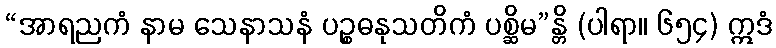
“အာရညကံ နာမ သေနာသနံ ပဉ္စဓနုသတိကံ ပစ္ဆိမ”န္တိ (ပါရာ။ ၆၅၄) ဣဒံ